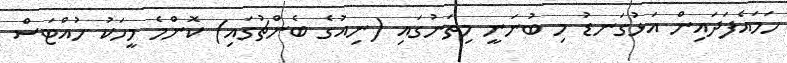
ހަމައެފަދައިން އަޅުގަނޑު މި ބުނަނީ މިތަނުގައި (ނިއުގެ ބެންޗުގައި) ކޮންމެ މީހަކު ހުއްޓަސް